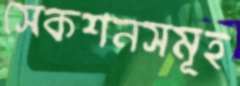
সেকশনসমূহ